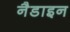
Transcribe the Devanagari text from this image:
नैडाइन